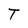
Character: T